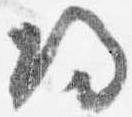
帰